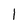
Character: 1